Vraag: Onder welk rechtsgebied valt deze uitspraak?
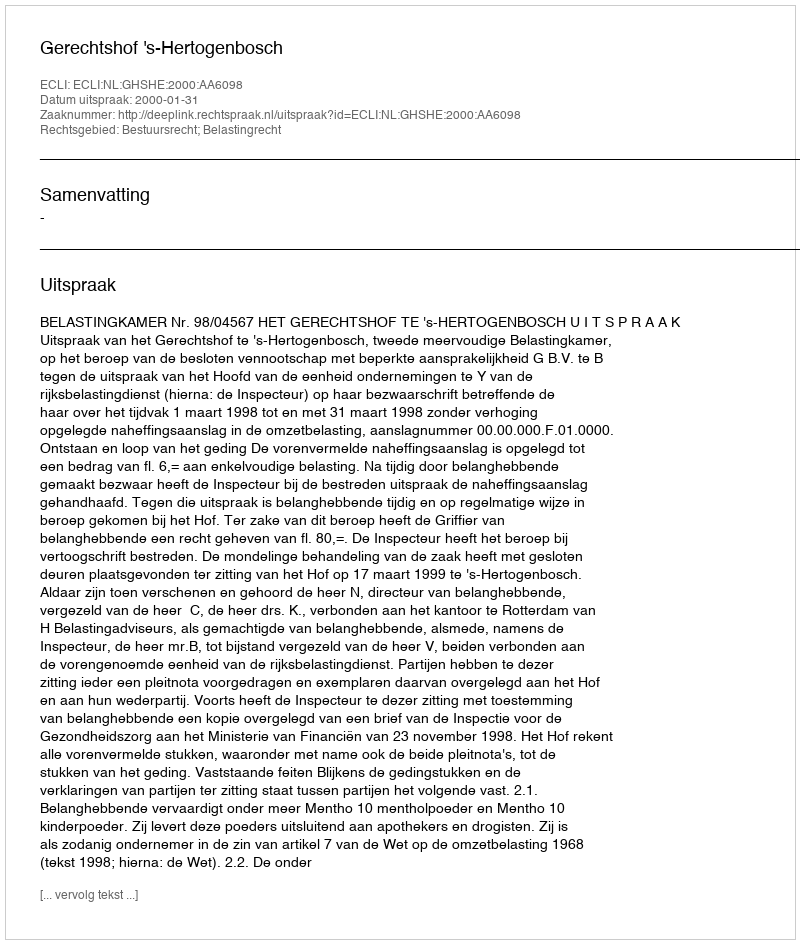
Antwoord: Bestuursrecht; Belastingrecht